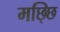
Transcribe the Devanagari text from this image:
मछ्छि